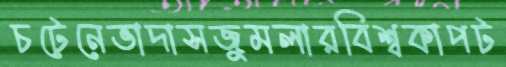
চটেনেভাদাসজুমলারবিশ্বকাপট